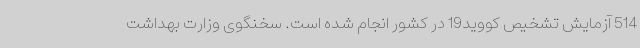
514 آزمایش تشخیص کووید19 در کشور انجام شده است. سخنگوی وزارت بهداشت